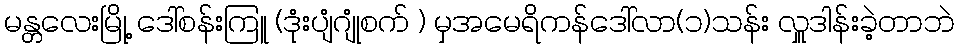
မန္တလေးမြို့ ဒေါ်စန်းကြူ (ဒုံးပျံဂျုံစက် ) မှအမေရိကန်ဒေါ်လာ(၁)သန်း လှူဒါန်းခဲ့တာဘဲ